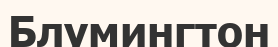
Блумингтон